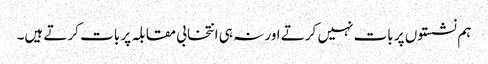
ہم نشستوں پر بات نہیں کرتے اور نہ ہی انتخابی مقابلہ پر بات کرتے ہیں۔